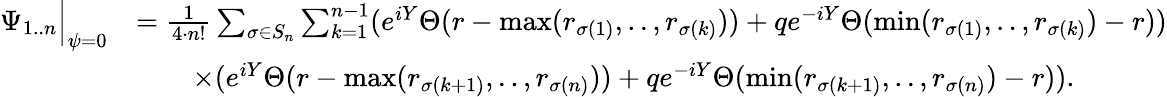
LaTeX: \begin{array}{rl}{\Psi_{1..n}\Big|_{\psi=0}}&{=\frac{1}{4\cdot n!}\sum_{\sigma\in S_{n}}\sum_{k=1}^{n-1}(e^{iY}\Theta(r-\operatorname*{max}(r_{\sigma(1)},..,r_{\sigma(k)}))+qe^{-iY}\Theta(\operatorname*{min}(r_{\sigma(1)},..,r_{\sigma(k)})-r))}\\ &{\qquad\times(e^{iY}\Theta(r-\operatorname*{max}(r_{\sigma(k+1)},..,r_{\sigma(n)}))+qe^{-iY}\Theta(\operatorname*{min}(r_{\sigma(k+1)},..,r_{\sigma(n)})-r)).}\end{array}